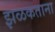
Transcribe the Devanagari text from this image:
झळकताना